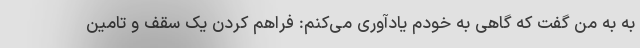
به به من گفت که گاهی به خودم یادآوری می‌کنم: فراهم کردن یک سقف و تامین